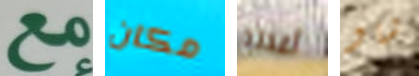
مع مكان أعدته شاو